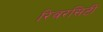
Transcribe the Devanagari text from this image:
रिवरसिटी